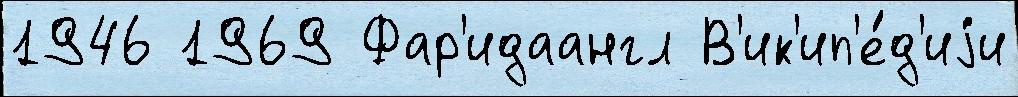
1946 1969 Фар'идаангл В'ик'ип'е́д'иjи